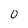
Character: 0